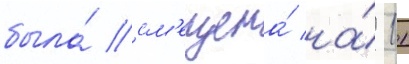
была́ см'ещена́ на́ 11